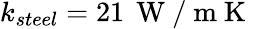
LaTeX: k_{steel}=21\, \mathrm{~W~/~m~K~}